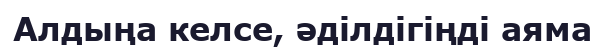
Алдыңа келсе, әділдігіңді аяма